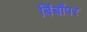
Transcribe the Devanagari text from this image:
बिंबोंपर